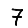
Digit: 7